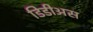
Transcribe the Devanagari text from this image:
डिडीअस